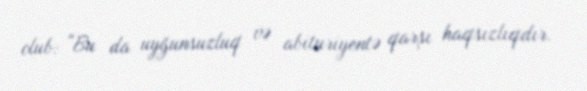
olub: “Bu da uyğunsuzluq və abituriyentə qarşı haqsızlıqdır.